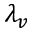
\lambda _ { v }